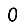
Digit: 0